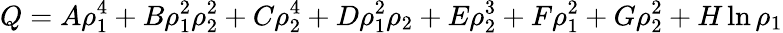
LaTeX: Q=A\rho_{1}^{4}+B\rho_{1}^{2}\rho_{2}^{2}+C\rho_{2}^{4}+D\rho_{1}^{2}\rho_{2}+E\rho_{2}^{3}+F\rho_{1}^{2}+G\rho_{2}^{2}+H\ln\rho_{1}